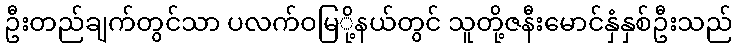
ဦးတည်ချက်တွင်သာ ပလက်ဝမြ်ို့နယ်တွင် သူတို့ဇနီးမောင်နှံနှစ်ဦးသည်